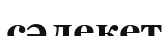
сәлекет